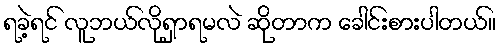
ရခဲ့ရင် လူဘယ်လိုရှာရမလဲ ဆိုတာက ခေါင်းစားပါတယ်။